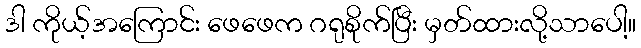
ဒါ ကိုယ့်အကြောင်း ဖေဖေက ဂရုစိုက်ပြီး မှတ်ထားလို့သာပေါ့။